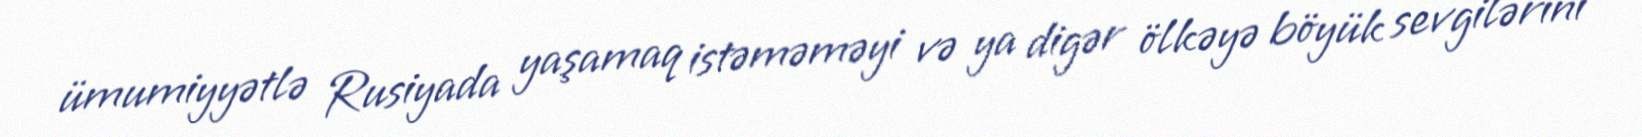
ümumiyyətlə Rusiyada yaşamaq istəməməyi və ya digər ölkəyə böyük sevgilərini